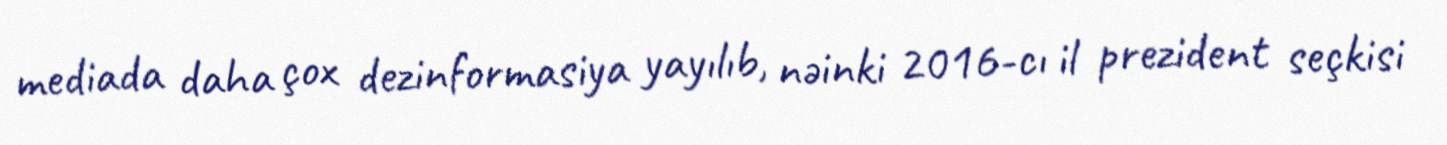
mediada daha çox dezinformasiya yayılıb, nəinki 2016-cı il prezident seçkisi